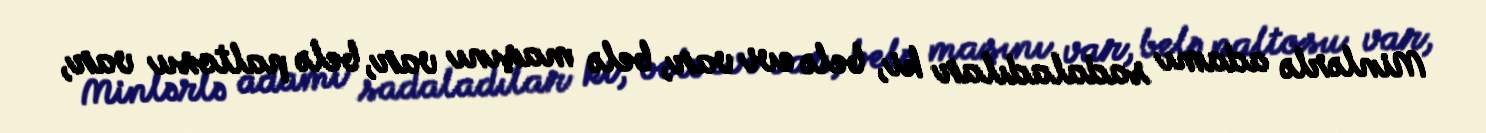
Minlərlə adamı sadaladılar ki, belə evi var, belə maşını var, belə paltosu var,